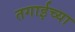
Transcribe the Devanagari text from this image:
तगाईच्या